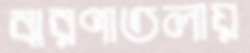
ঝরণাতলায়